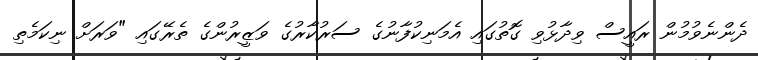
ދެންނެވުމުން ރައީސް ވިދާޅުވި ގޮތުގައި އެމަނިކުފާނުގެ ސަރުކާރުގެ ވަޒީރުންގެ ތެރޭގައި "ވަރަށް ނިކަމެތި